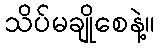
သိပ်မချိုစေနဲ့။